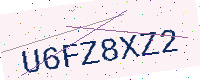
Text: U6FZ8XZ2